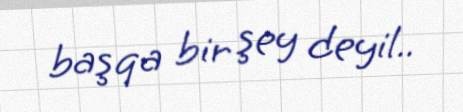
başqa bir şey deyil..